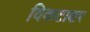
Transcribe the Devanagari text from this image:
विकटाक्षर